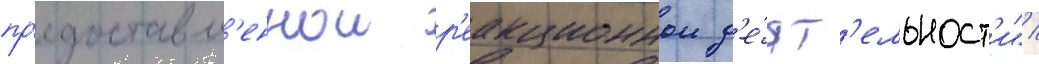
пр'едоставл'еннои р'еакционнои д'е́ят'ельност'и" /